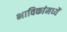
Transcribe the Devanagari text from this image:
भाविकांमध्यें